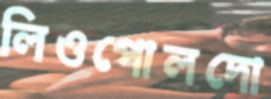
লিওপোলদো